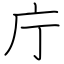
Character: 庁